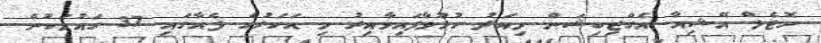
ހޮޓެލް އޭޝިއާ އެގްޒިބިޝަން މިއަދު ހުޅުވާފައިވާއިރު މި އަހަރުގެ ފެއާގައި 37 ގައުމަކުން